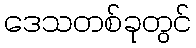
ဒေသတစ်ခုတွင်